Civil Veterinary Dept. Assam report 1927-50 - 1927-1950
Year: 1927
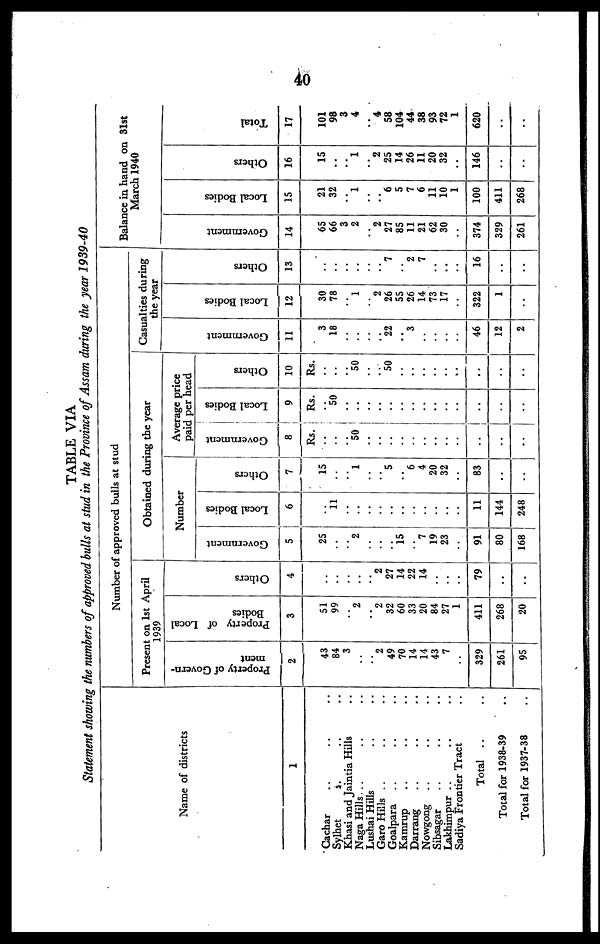
40
TABLE VIA
Statement showing the numbers of approved bulls at stud in the Province of Assam during the year 1939-40
Name of districts
1
Cachar .. .. ..
Sylhet .. .. ..
Khasi and Jaintia Hills ..
Naga Hills .. .. ..
Lushai Hills .. .. ..
Garo Hills .. .. ..
Goalpara .. .. ..
Kamrup .. .. ..
Darrang .. .. ..
Nowgong .. .. ..
Sibsagar .. .. ..
Lakhimpur .. .. ..
Sadiya Frontier Tract ..
Total .. ..
Total for 1938-39 ..
Total for 1937-38 ..
Number of approved bulls at stud
Present on 1st April
1939
Property of Govern-
ment
2
43
84
3
..
..
2
49
70
14
14
43
7
..
329
261
95
Property of Local
Bodies
3
51
99
..
2
..
2
32
60
33
20
84
27
1
411
268
20
Ot her s
4
..
..
..
..
.. 2
27
14
22
14
..
..
..
79
..
..
Obtained during the year
Number
Government
5
25
..
..
2
..
..
..
15
..
7
19
23
..
91
80
168
Local Bodies
6
..
11
..
..
..
..
..
..
..
..
..
..
..
11
144
248
Others
7
15
..
..
1
..
..
5
..
6
4
20
32
..
83
..
..
Average price
paid per head
Government
8
Rs.
..
..
..
50
..
..
..
..
..
..
..
..
..
..
..
..
Local Bodies
9
Rs.
..
50
..
..
..
..
..
..
..
..
..
..
..
..
..
..
Others
10
Rs.
..
..
..
50
..
..
50
..
..
..
..
..
..
..
..
..
Casualties during
the year
Go v e r
n me n t
11
3
18
..
..
..
..
22
..
3
..
..
..
..
46
12
2
Local Bodi es
12
30
78
..
1
.. 2
26
55
26
14
73
17
..
322
1
..
Others
13
..
..
..
..
.. ..
7
..
2
7
..
..
..
16
..
..
Balance in hand on 31st
March 1940
Go v e r
n me n t
14
65
66
3
2
.. 2
27
85
11
21
62
30
..
374
329
261
Local Bodi es
15
21
32
..
1
..
..
6
5
7
6
11
10
1
100
411
268
Ot her s
16
15
..
..
1
.. 2
25
14
26
11
20
32
..
146
..
..
Tot al
17
101
98
3
4
.. 4
58
104
44
38
93
72
1
620
..
..